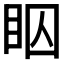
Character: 𬑋